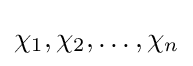
\chi _{1},\chi _{2},\ldots ,\chi _{n}